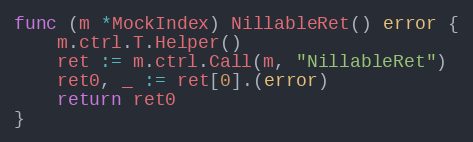
Language: Go
func (m *MockIndex) NillableRet() error {
	m.ctrl.T.Helper()
	ret := m.ctrl.Call(m, "NillableRet")
	ret0, _ := ret[0].(error)
	return ret0
}